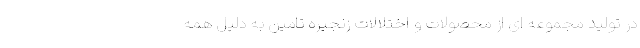
در تولید مجموعه ای از محصولات و اختلالات زنجیره تامین به دلیل همه